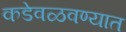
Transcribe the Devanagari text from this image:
कडेवळवण्यात